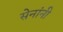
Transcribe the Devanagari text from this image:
सेनांनी